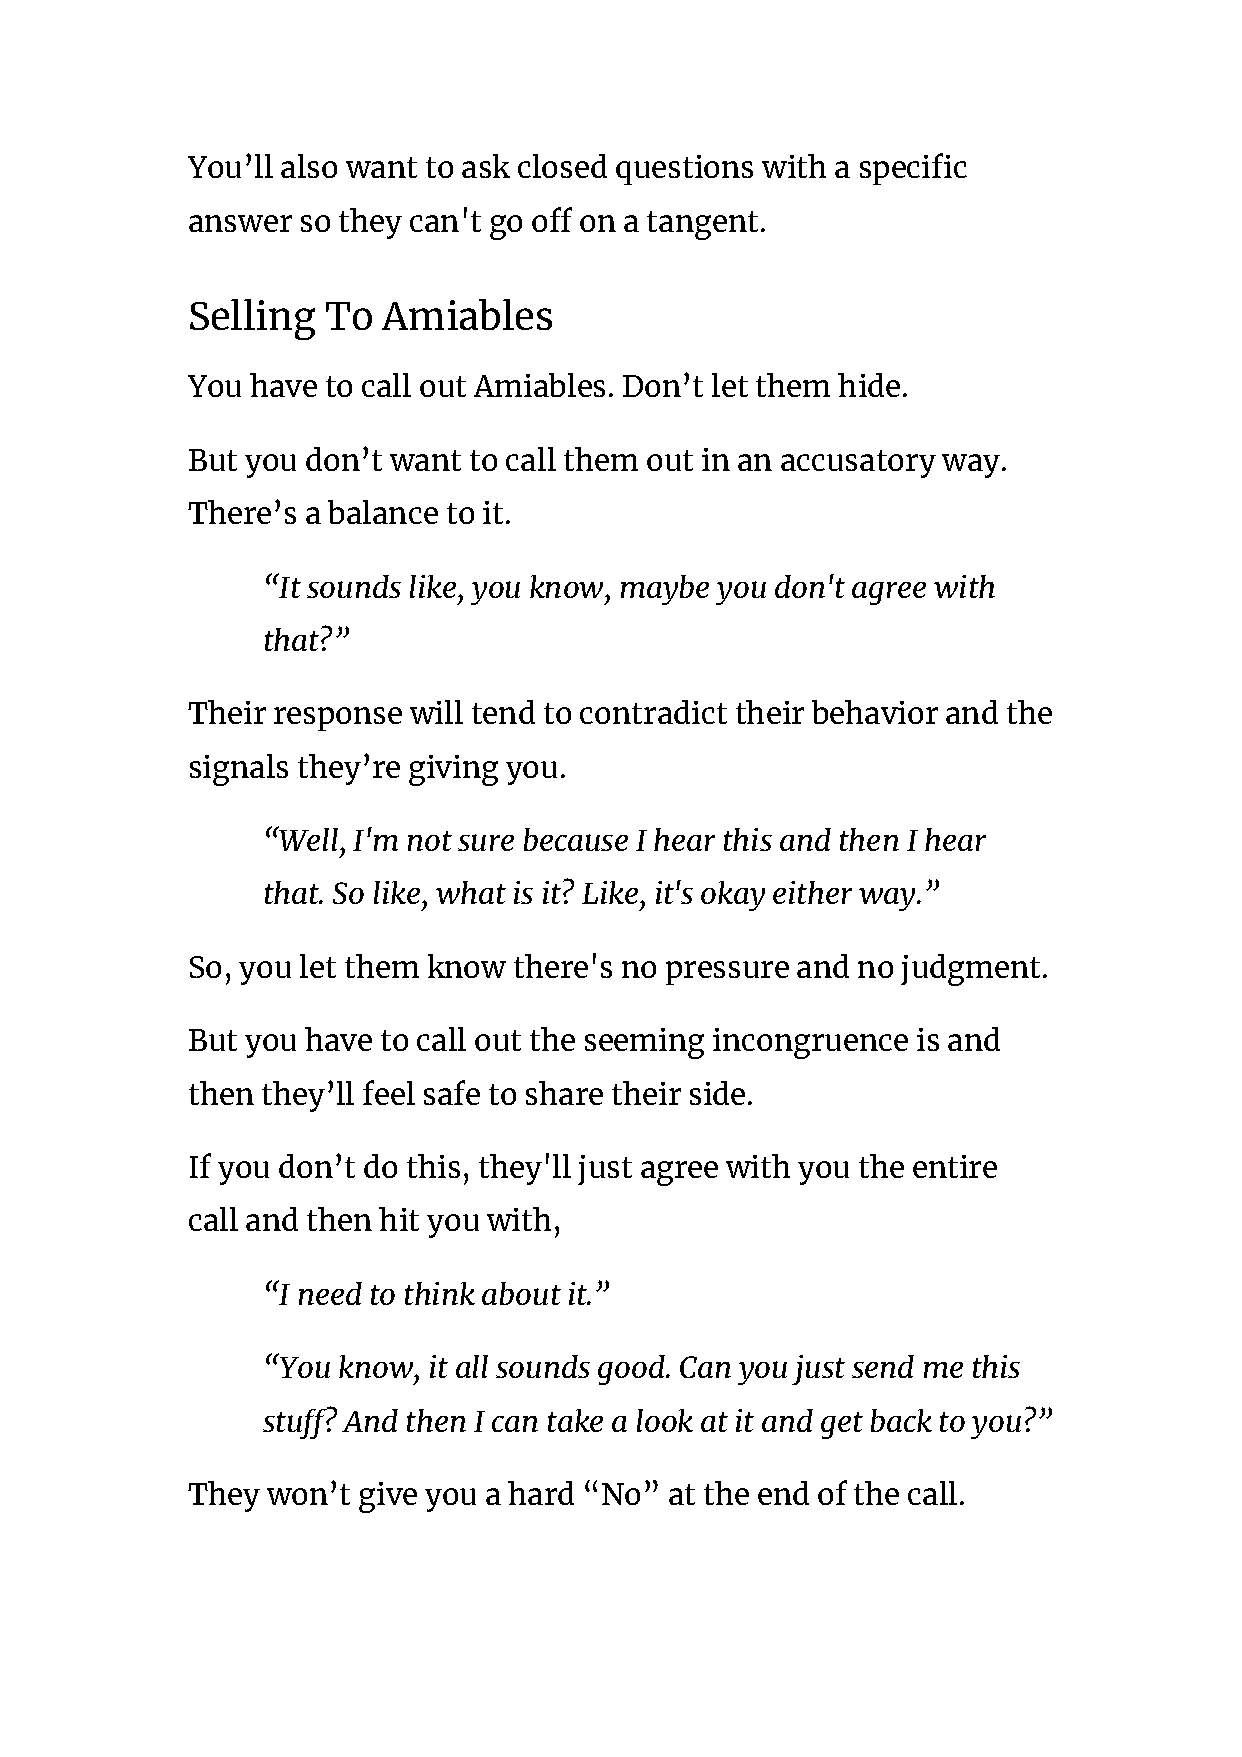
You’ll also want to ask closed questions with a specific
 answer  so they can't go off on a tangent.
 Selling  To  Amiables
 You  have to call out Amiables. Don’t let them hide.
 But you don’t want to call them out in an accusatory way.
 There’s a balance to it.
 “It sounds like, you know, maybe you don't agree with
 that?”
 Their response will tend to contradict their behavior and the
 signals they’re giving you.
 “Well, I'm not sure because I hear this and then I hear
 that. So like, what is it? Like, it's okay either way.”
 So, you let them know there's no pressure and no judgment.
 But you have to call out the seeming incongruence is and
 then they’ll feel safe to share their side.
 If you don’t do this, they'll just agree with you the entire
 call and then hit you with,
 “I need to think about it.”
 “You know, it all sounds good. Can you just send me this
 stuff? And then I can take a look at it and get back to you?”
 They  won’t give you a hard “No” at the end of the call.